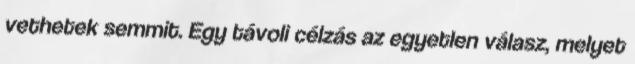
vethetek semmit. Egy távoli célzás az egyetlen válasz, melyet